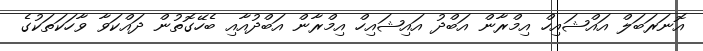
އޮނަރަބަލް އައްޝައިހް އިމްރާން އަބްދު އައިޝައިހް އިމްރާން އަބްދުއާއި ބެހޭގޮތުން ދައްކަވާ ވާހަކަތަކުގެ